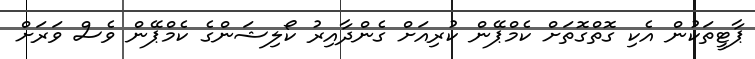
ޕާޓީތަކުން އެކި ގޮތްގޮތަށް ކެމްޕޭން ކުރިއަށް ގެންދާއިރު ކޯލިޝަންގެ ކެމްޕޭން ވެސް ވަރަށް